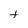
Character: t